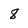
Character: 8